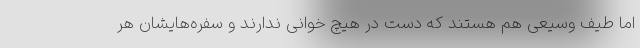
اما طیف وسیعی هم هستند که دست در هیچ خوانی ندارند و سفره‌هایشان هر